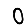
Digit: 0